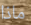
ماذا